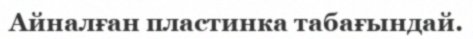
Айналған пластинка табағындай.